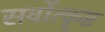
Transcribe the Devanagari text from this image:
सर्वोत्कॄष्ट